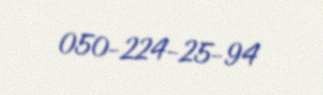
050-224-25-94